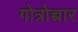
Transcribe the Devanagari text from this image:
गोत्रोच्चार